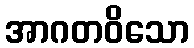
အာဂတဝိသော